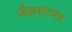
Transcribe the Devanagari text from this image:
जैकशाफ्ट